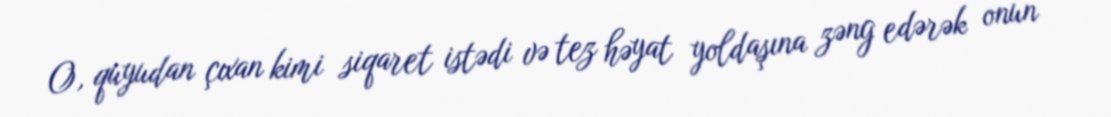
O, quyudan çıxan kimi siqaret istədi və tez həyat yoldaşına zəng edərək onun